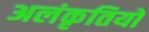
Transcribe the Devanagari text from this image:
अलंकृतियों